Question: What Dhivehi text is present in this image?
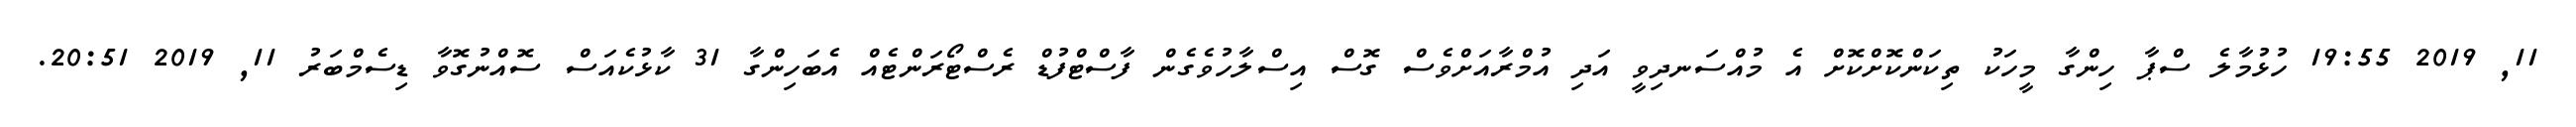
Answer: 11, 2019 19:55 ހުޅުމާލެ ސްޕާ ހިންގާ މީހަކު ތިކަންކޮށްކޮށް އެ މުއްސަނދިވީ އަދި އުމްރާއަށްވެސް ގޮސް އިސްލާހުވެގެން ފާސްޓްފުޑް ރެސްޓޯރަންޓެއް އެބަހިންގާ 31 ކާޅުކެއަސް ސޮއްނުގޮވާ ޑިސެމްބަރު 11, 2019 20:51.